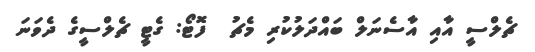
ޗެލްސީ އާއި އާސެނަލް ބައްދަލުކުރި މެޗު  ފޮޓޯ: ގެޓީ ޗެލްސީގެ ދެވަނަ